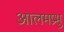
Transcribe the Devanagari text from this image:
आलमप्रभु